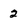
Character: 2